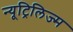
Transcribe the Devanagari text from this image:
न्यूट्रिलिज्म